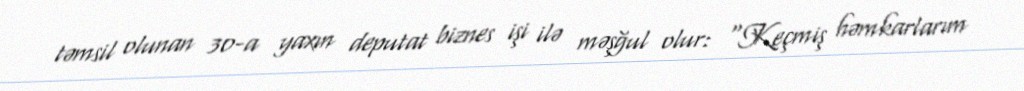
təmsil olunan 30-a yaxın deputat biznes işi ilə məşğul olur: “Keçmiş həmkarlarım